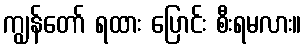
ကျွန်တော် ရထား ပြောင်း စီးရမလား။